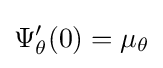
\Psi '_{\theta }(0)=\mu _{\theta }